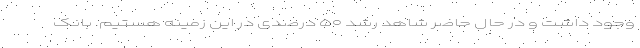
وجود داشت و در حال حاضر شاهد رشد ۵۰ درصدی در این زمینه هستیم. بانک